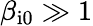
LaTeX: \beta_{\mathrm{i0}}\gg 1